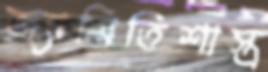
জ্যামিতিশাস্ত্র